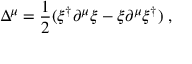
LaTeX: \Delta ^ { \mu } = \frac { 1 } { 2 } ( \xi ^ { \dagger } \partial ^ { \mu } \xi - \xi \partial ^ { \mu } \xi ^ { \dagger } ) \; ,